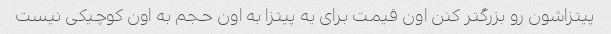
پیتزاشون رو بزرگتر کنن اون قیمت برای یه پیتزا به اون حجم به اون کوچیکی نیست